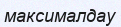
максималдау